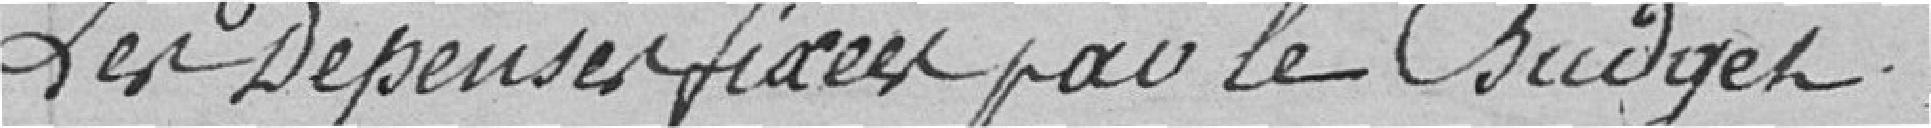
Les dépenses fixées par le budget